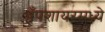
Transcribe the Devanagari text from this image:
हँपशायरमध्ये